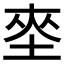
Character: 𱖪